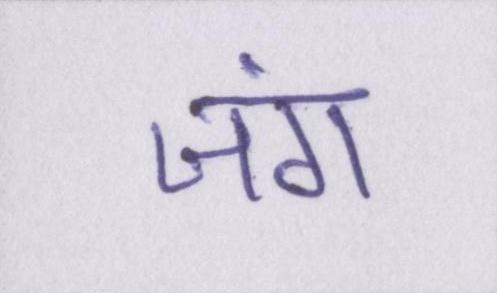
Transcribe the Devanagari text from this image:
जंग